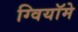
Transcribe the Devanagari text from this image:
ग्वियॉमे